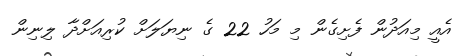
އެއީ މިއަދުން ފެށިގެން މި މަހު 22 ގެ ނިޔަލަށް ކުރިއަށްދާ ލިނިން